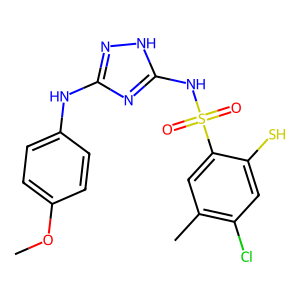
SMILES: COc1ccc(Nc2n[nH]c(NS(=O)(=O)c3cc(C)c(Cl)cc3S)n2)cc1
Inhibits HIV replication: Yes